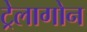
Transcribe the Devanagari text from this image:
ट्रेलागोन